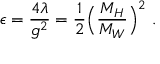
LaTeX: \epsilon = \frac { 4 \lambda } { g ^ { 2 } } = \frac { 1 } { 2 } \Bigl ( \frac { M _ { H } } { M _ { W } } \Bigr ) ^ { 2 } \nonumber \ .